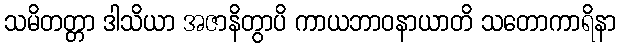
သမိတတ္တာ ဒါသိယာ အဇာနိတွာပိ ကာယဘာဝနာယာတိ သတောကာရိနာ